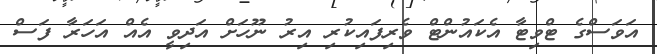
އަވަސްގެ ޓްވިޓާ އެކައުންޓް ވެރިފައިކުރި އިރު ނޫހަށް އަދިވީ އެއް އަހަރާ ފަސް